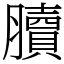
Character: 𦢌